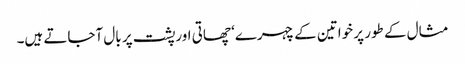
مثال کے طور پر خواتین کے چہرے‘ چھاتی اورپشت پر بال آجاتے ہیں۔